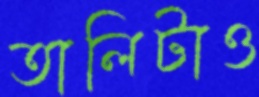
তালিটাও